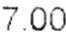
7.00